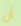
أن